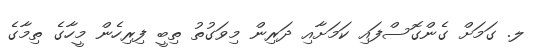
ލ. ގަމަށް ގެންގޮސްފައި ކަމަށާއި ދަރިން މިވަގުތު ތިބީ ފިރިހެން މީހާގެ ތިމާގެ